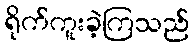
ရိုက်ကူးခဲ့ကြသည်